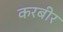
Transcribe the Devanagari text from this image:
करबीर